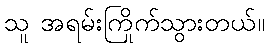
သူ အရမ်းကြိုက်သွားတယ်။